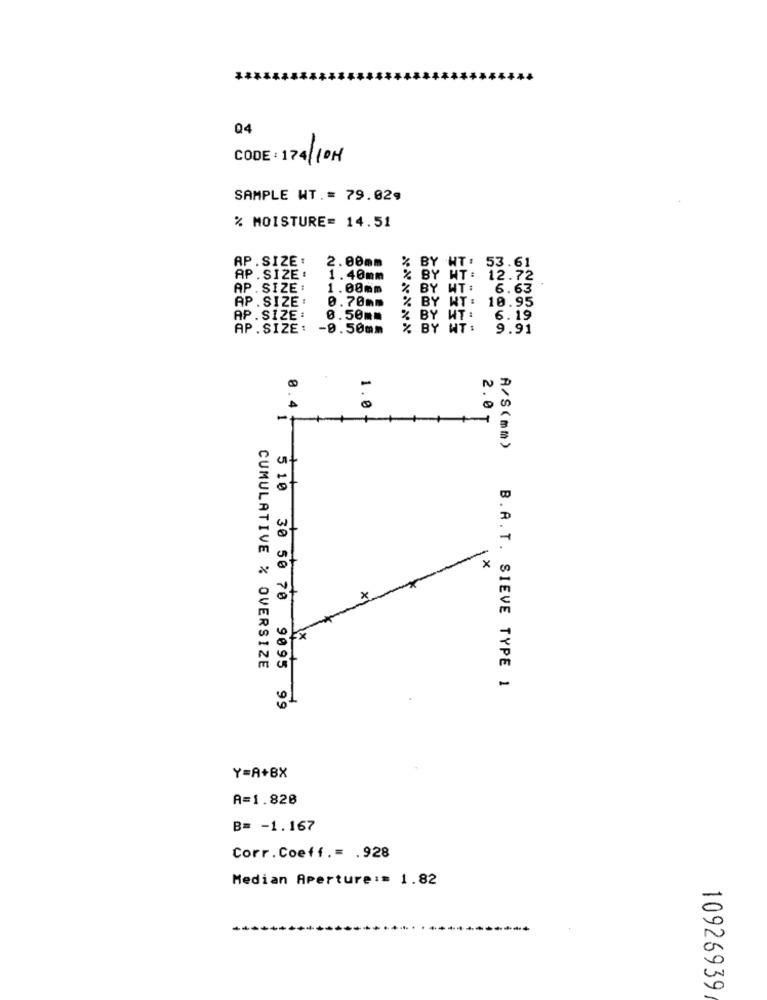
04
CODE: 174/10H
SAMPLE WT .= 79.029
% MOISTURE= 14.51
AP . SIZE:
2.00mm
%
BY HT:
53.61
AP.SIZE:
1.40mm
% BY WT:
12.72
AP . SIZE :
1.00mm
BY WT:
6.63
AP .SIZE:
0.70mm
% BY WT:
10.95
AP.SIZE:
0.50mm
% BY WT:
6.19
AP. SIZE:
-0.50mm
% BY WT:
9.91
8.4
1.0
2.01
-
A/S (mm)
-
x
x
x
CUMULATIVE % OVERSIZE
B.A. T. SIEVE TYPE 1
5 10 30 50 70 9095 99
Y=A+BX
A=1.820
B= - 1.167
Corr.Coeff .= . 928
Median Aperture := 1.82
10926939